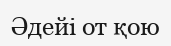
Әдейі от қою